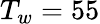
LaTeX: T_{w}=55